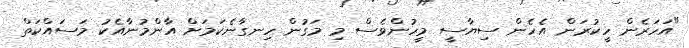
"އަހަރެން ހީކުރަން އެހެން ސިޔާސީ މީހުންވެސް މި މަގުން ހިނގާނެކަމަށް އާންމުނާއެކު މަސައްކަތް